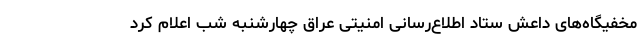
مخفیگاه‌های داعش ستاد اطلاع‌رسانی امنیتی عراق چهارشنبه شب اعلام کرد